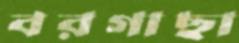
বরগাছা